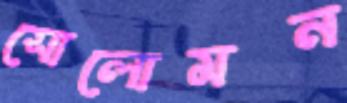
সোলোমন